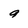
Character: 9